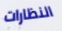
النظارات